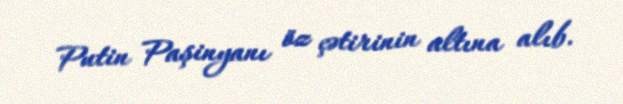
Putin Paşinyanı öz çətirinin altına alıb.